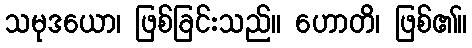
သမုဒယော၊ ဖြစ်ခြင်းသည်။ ဟောတိ၊ ဖြစ်၏။